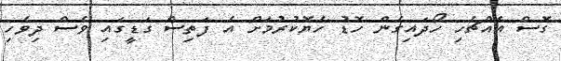
ގޮސް އެއްޗެހި ހޯދައިގެން ހޮޑު ހެޔޮކުރުމަށް އެ ފަތިސް ގަޑީގައި ވެސް ދިވެހި